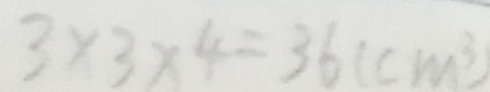
3 \times 3 \times 4 = 3 6 ( c m ^ { 3 } )